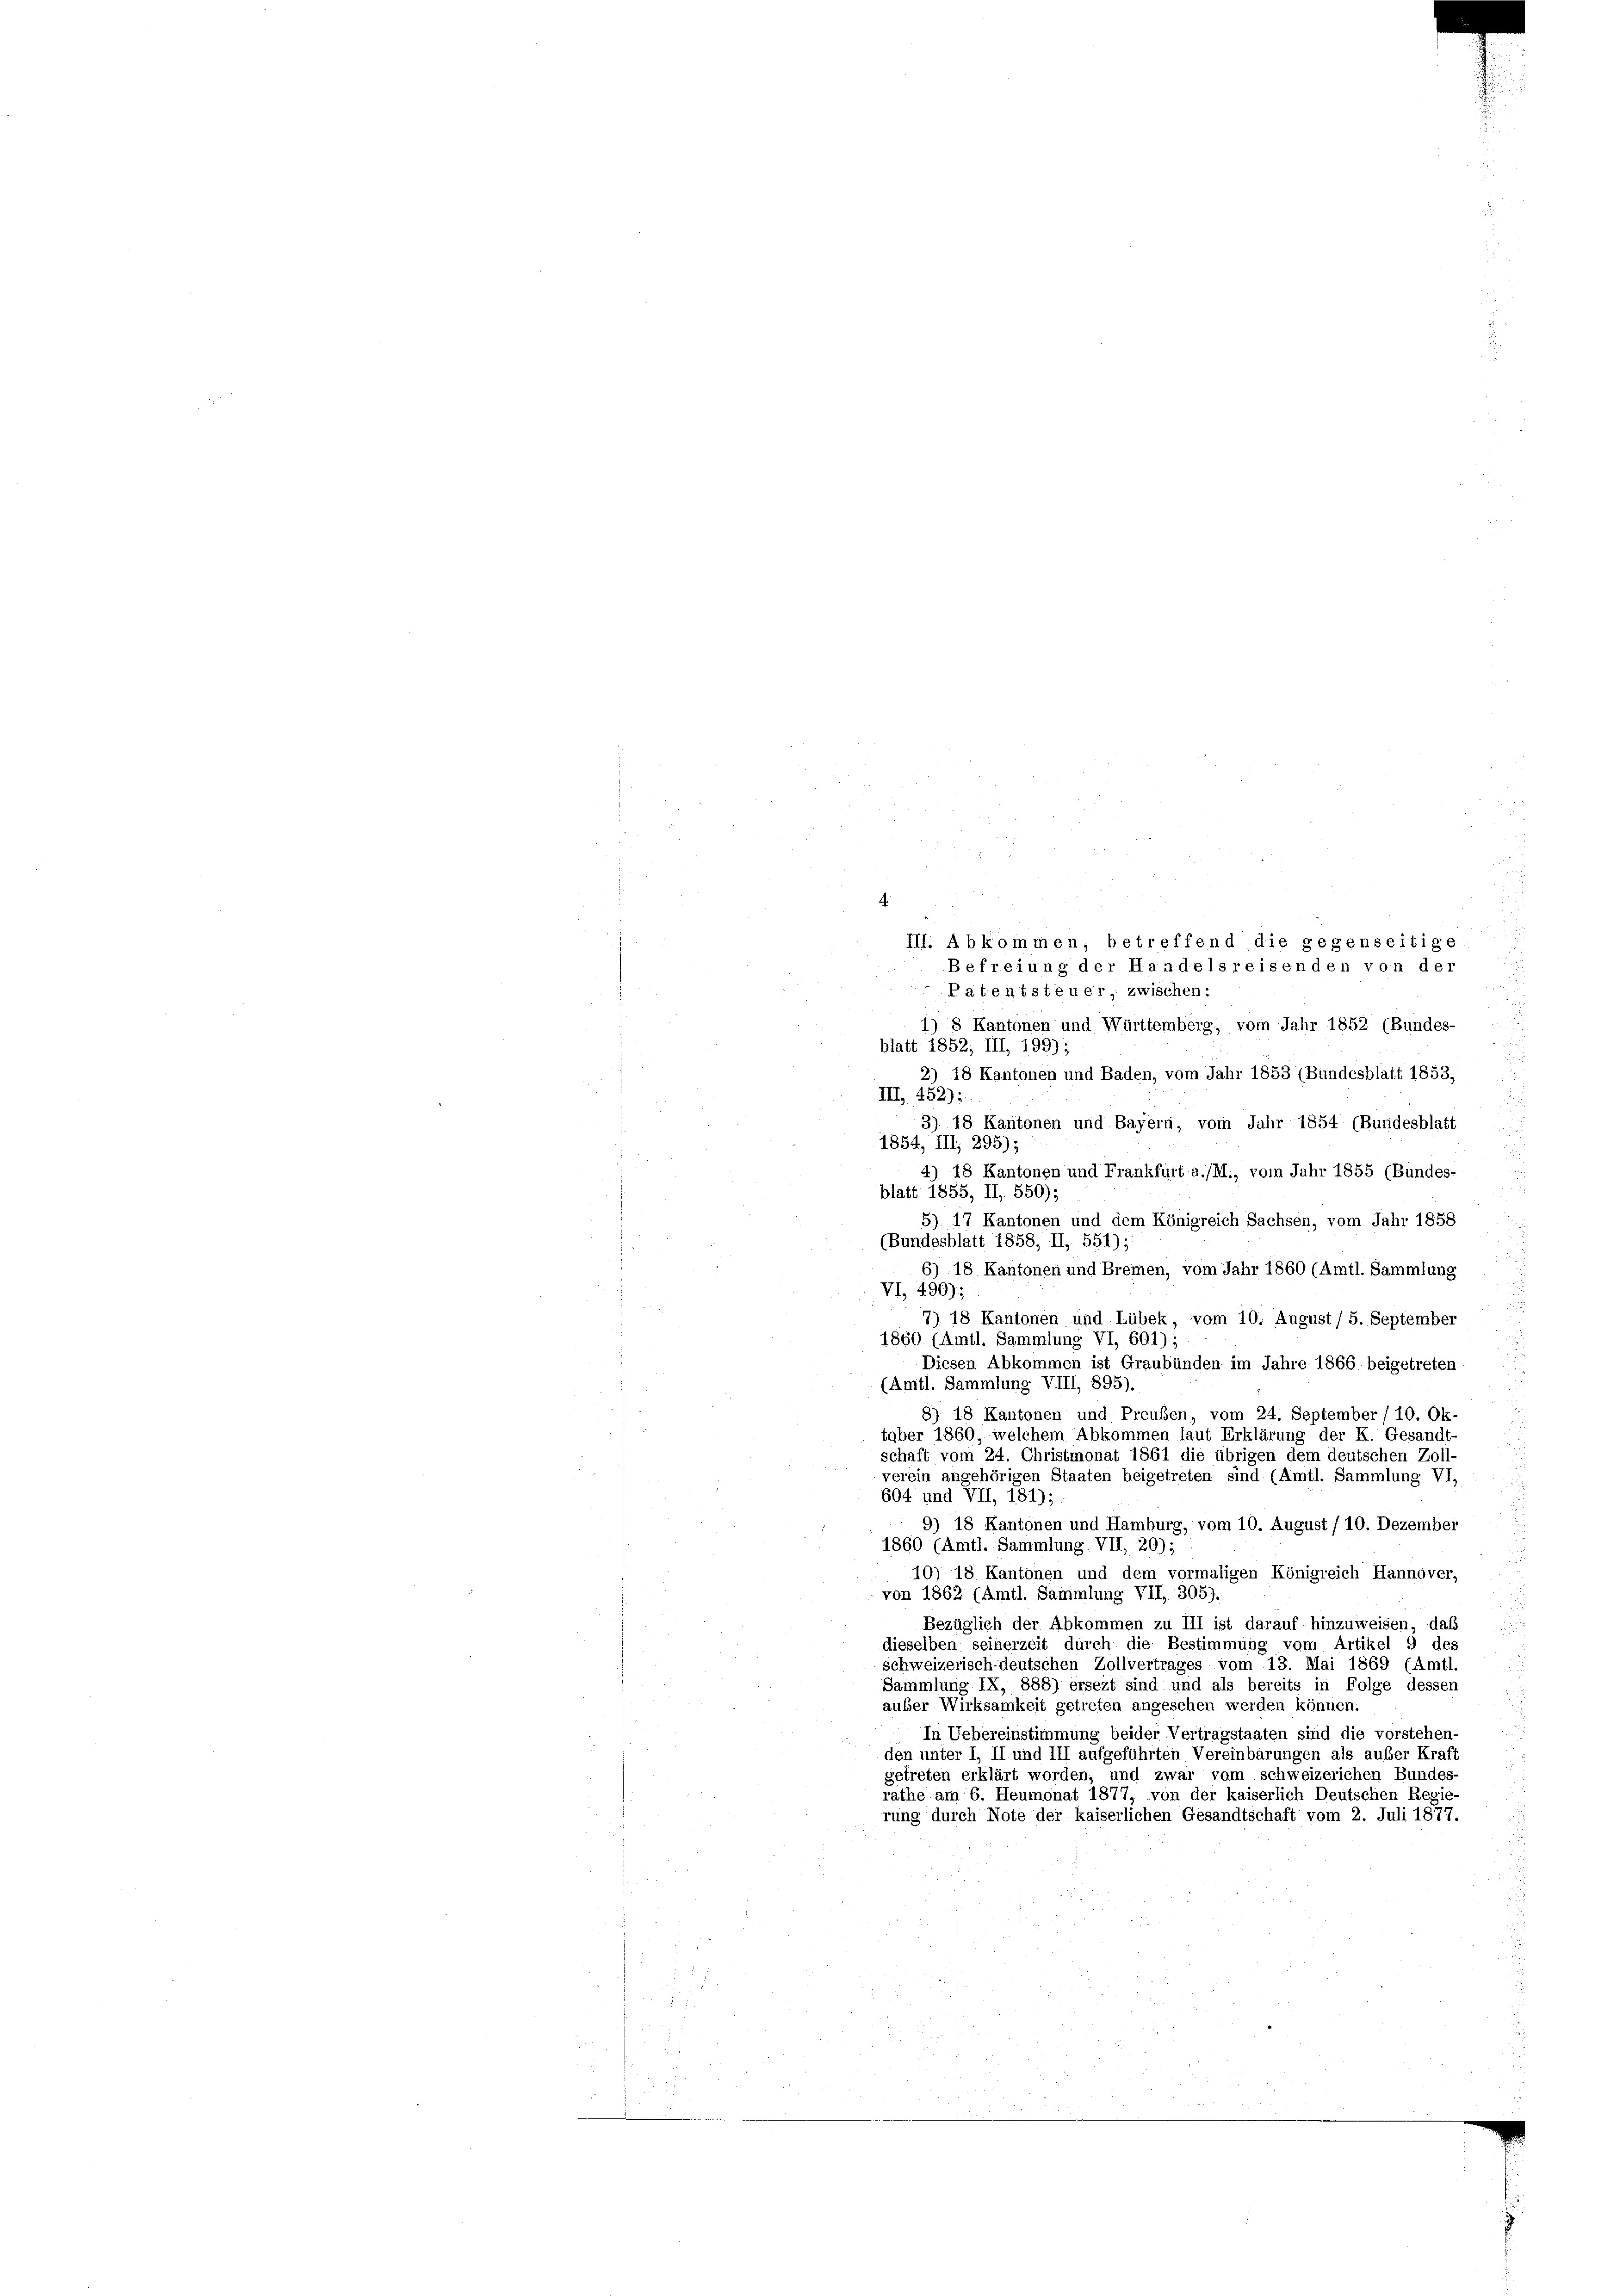
III. Abkommen, betreffend die gegenseitige
Befreiung der Handelsreisenden von der
Patentsteuer, zwischen:
1) 8 Kantonen und Württemberg, vom Jahr 1852 (Bundes-
blatt 1852, III, 199);
2) 18 Kantonen und Baden, vom Jahr 1853 (Bundesblatt 1853,
III, 452):
3) 18 Kantonen und Bayern, vom Jahr 1854 (Bundesblatt
1854, III, 295);
4) 18 Kantonen und Frankfurt a/M., vom Jahr 1855 (Bundes-
blatt 1855, II, 550);
5) 17 Kantonen und dem Königreich Sachsen, vom Jahr 1858
(Bundesblatt 1858, II, 551);
6) 18 Kantonen und Bremen, vom Jahr 1860 (Amtl. Sammlung
VI, 490):
7) 18 Kantonen und Lübek, vom 10. August / 5. September
1860 (Amtl. Sammlung VI, 601);
Diesen Abkommen ist Graubünden im Jahre 1866 beigetreten
(Amtl. Sammlung VIII, 895).
8) 18 Kantonen und Preuben, vom 24. September/ 10. Ok-
taber 1860, welchem Abkommen laut Erklärung der K. Gesandt-
schaft vom 24. Christmonat 1861 die übrigen dem deutschen Zoll-
verein angehörigen Staaten beigetreten sind (Amtl. Sammlung VI,
604 und VII, 181);
9) 18 Kantonen und Hamburg, vom 10. August / 10. Dezember
1860 (Amtl. Sammlung. VII, 20);
10) 18 Kantonen und dem vormaligen Königreich Hannover,
von 1862 (Amtl. Sammlung VII, 305).
Bezüglich der Abkommen zu III ist darauf hinzuweisen, daß
dieselben seinerzeit durch die Bestimmung vom Artikel 9 des
schweizerisch-deutschen Zollvertrages vom 13. Mai 1869 (Amtl
Sammlung IX, 888) ersezt sind und als bereits in Folge dessen
auber Wirksamkeit getreten angesehen werden können.
In Uebereinstimmung beider Vertragstaaten sind die vorstehen-
den unter I, II und III aufgeführten Vereinbarungen als außer Kraft
getreten erklärt worden, und zwar vom schweizerichen Bundes-
rathe am 6. Heumonat 1877, von der kaiserlich Deutschen Regie
rung durch Note der kaiserlichen Gesandtschaft vom 2. Juli 1877.